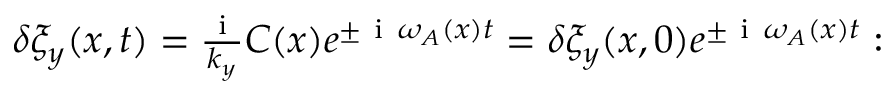
\begin{array} { r } { \delta \xi _ { y } ( x , t ) = \frac { \mathrm { ~ i ~ } } { k _ { y } } C ( x ) e ^ { \pm \mathrm { ~ i ~ } \omega _ { A } ( x ) t } = \delta \xi _ { y } ( x , 0 ) e ^ { \pm \mathrm { ~ i ~ } \omega _ { A } ( x ) t } : } \end{array}